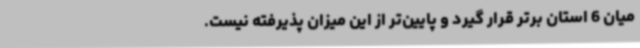
میان 6 استان برتر قرار گیرد و پایین‌تر از این میزان پذیرفته نیست.